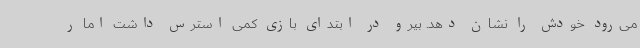
می‌رود خودش را نشان دهد. بیرو در ابتدای بازی کمی استرس داشت اما ر